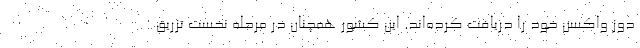
دوز واکسن خود را دریافت کرده‌اند. این کشور همچنان در مرحله نخست تزریق